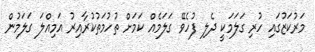
މަރުކަޒުގައި ހުރި ގަލަމަކީ ދެލި ފުހެވޭ ގަލަމެއް ކަމަށް ތުހުމަތުކުރާއިރު އަމިއްލަ ގަލަމުން